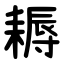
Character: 耨